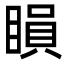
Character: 䁚